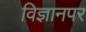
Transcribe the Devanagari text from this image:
विज्ञानपर